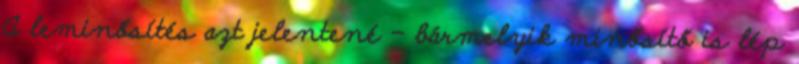
A leminősítés azt jelentené – bármelyik minősítő is lép